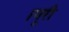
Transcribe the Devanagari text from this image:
।पूरी